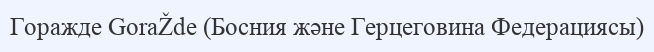
Горажде GoraŽde (Босния және Герцеговина Федерациясы)